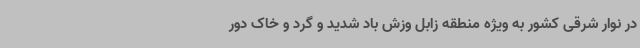
در نوار شرقی کشور به ویژه منطقه زابل وزش باد شدید و گرد و خاک دور